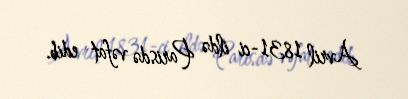
Avril 1831-ci ildə Parisdə vəfat edib.